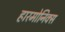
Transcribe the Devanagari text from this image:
हारमोनिक्स